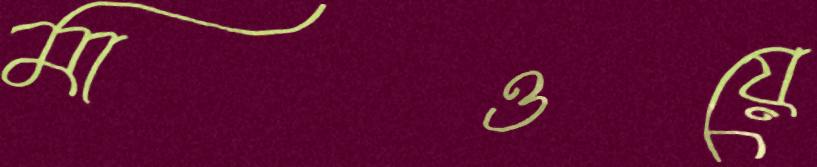
মাওয়ে